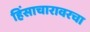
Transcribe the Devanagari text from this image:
हिंसाचारावरचा